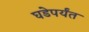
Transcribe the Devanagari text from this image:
घडेपर्यंत